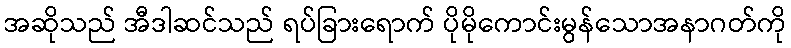
အဆိုသည် အီဒါဆင်သည် ရပ်ခြားရောက် ပိုမိုကောင်းမွန်သောအနာဂတ်ကို